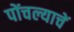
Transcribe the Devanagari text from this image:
पोंचल्याचें